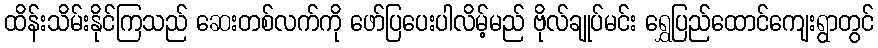
ထိန်းသိမ်းနိုင်ကြသည် ဆေးတစ်လက်ကို ဖော်ပြပေးပါလိမ့်မည် ဗိုလ်ချုပ်မင်း ရွှေပြည်ထောင်ကျေးရွာတွင်